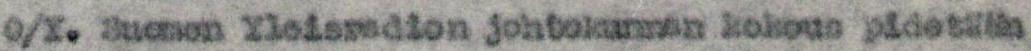
O/Y. Suomen Yleisradion johtokunnan kokous pidetään